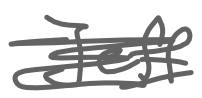
Text: Jeff
Cross-out: scratch
Writing tool: digital_gray